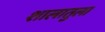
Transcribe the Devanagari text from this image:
शालातुला